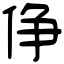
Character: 鿇